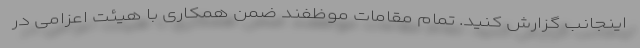
اینجانب گزارش کنید. تمام مقامات موظفند ضمن همکاری با هیئت اعزامی در